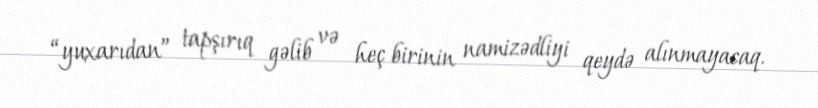
“yuxarıdan” tapşırıq gəlib və heç birinin namizədliyi qeydə alınmayacaq.